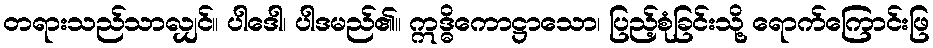
တရားသည်သာလျှင်။ ပါဒေါ၊ ပါဒမည်၏။ ဣဒ္ဓိကောဋ္ဌာသော၊ ပြည့်စုံခြင်းသို့ ရောက်ကြောင်းဖြ